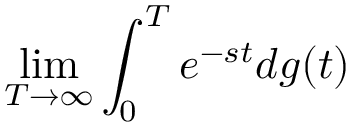
\operatorname* { l i m } _ { T \to \infty } \int _ { 0 } ^ { T } e ^ { - s t } d g ( t )